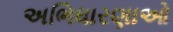
અભિધારણાઓ